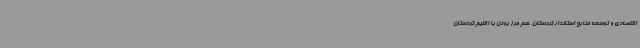
اقتصادی و توسعه منابع استاندار کردستان، هم مرز بودن با اقلیم کردستان